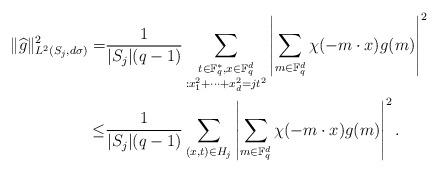
LaTeX: \begin{align*}\|\widehat{g}\|^2_{L^2(S_j, d\sigma)}=&\frac{1}{|S_j|(q-1)} \sum_{\substack{t\in \mathbb F_q^*, x\in \mathbb F_q^d\\: x_1^2+\cdots+x_d^2=jt^2}}\left| \sum_{m\in \mathbb F_q^d} \chi(-m\cdot x) g(m) \right |^2\\\leq& \frac{1}{|S_j|(q-1)} \sum_{(x, t)\in H_j} \left| \sum_{m\in \mathbb F_q^d} \chi(-m\cdot x) g(m) \right |^2.\end{align*}